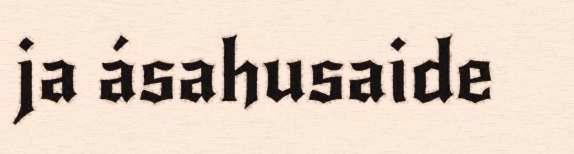
ja ásahusaide